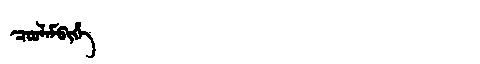
Manchu: ᠴᠣᠣᠯᠠᠮᠪᡳᡥᡝ
Romanization: COOLAMBIHE